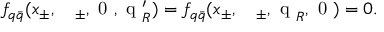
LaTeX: f _ { q \bar { q } } ( x _ { \pm } , \mathrm { \boldmath ~ \ell ~ } _ { \pm } , \mathrm { \boldmath ~ 0 ~ } , \mathrm { \boldmath ~ q ~ } _ { R } ^ { \prime } ) = f _ { q \bar { q } } ( x _ { \pm } , \mathrm { \boldmath ~ \ell ~ } _ { \pm } , \mathrm { \boldmath ~ q ~ } _ { R } , \mathrm { \boldmath ~ 0 ~ } ) = 0 .